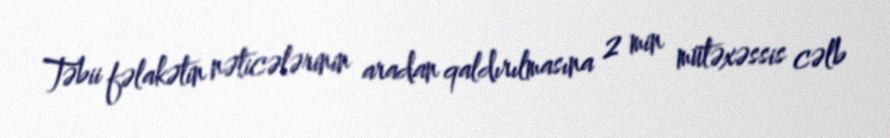
Təbii fəlakətin nəticələrinin aradan qaldırılmasına 2 min mütəxəssis cəlb